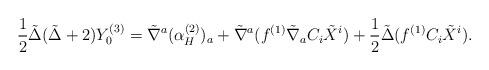
LaTeX: \begin{align*} \frac{1}{2} \tilde \Delta ( \tilde \Delta + 2 ) Y_0^{(3)} = \tilde \nabla^a (\alpha_H^{(2)})_a + \tilde \nabla^a ( f^{(1)} \tilde \nabla_a C_i\tilde X^i )+ \frac{1}{2} \tilde \Delta (f^{(1)} C_i\tilde X^i ).\end{align*}